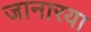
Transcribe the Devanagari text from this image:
जानारया